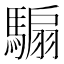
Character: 騸